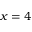
x = 4